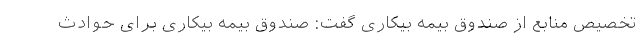
تخصیص منابع از صندوق بیمه بیکاری گفت: صندوق بیمه بیکاری برای حوادث